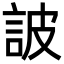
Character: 詖